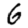
Digit: 6